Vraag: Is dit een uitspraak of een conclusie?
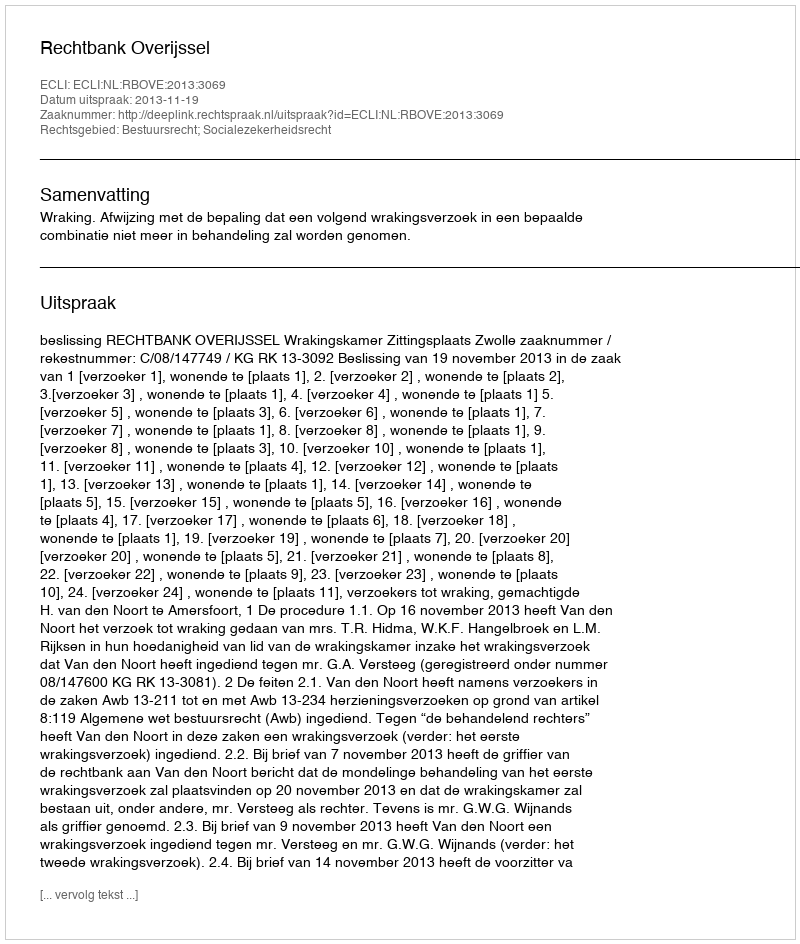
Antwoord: Uitspraak